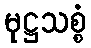
မုဋ္ဌသစ္စံ